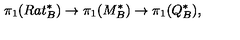
\pi _ { 1 } ( R a t _ { B } ^ { * } ) \to \pi _ { 1 } ( M _ { B } ^ { * } ) \to \pi _ { 1 } ( Q _ { B } ^ { * } ) ,